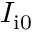
I _ { \mathrm { i 0 } }